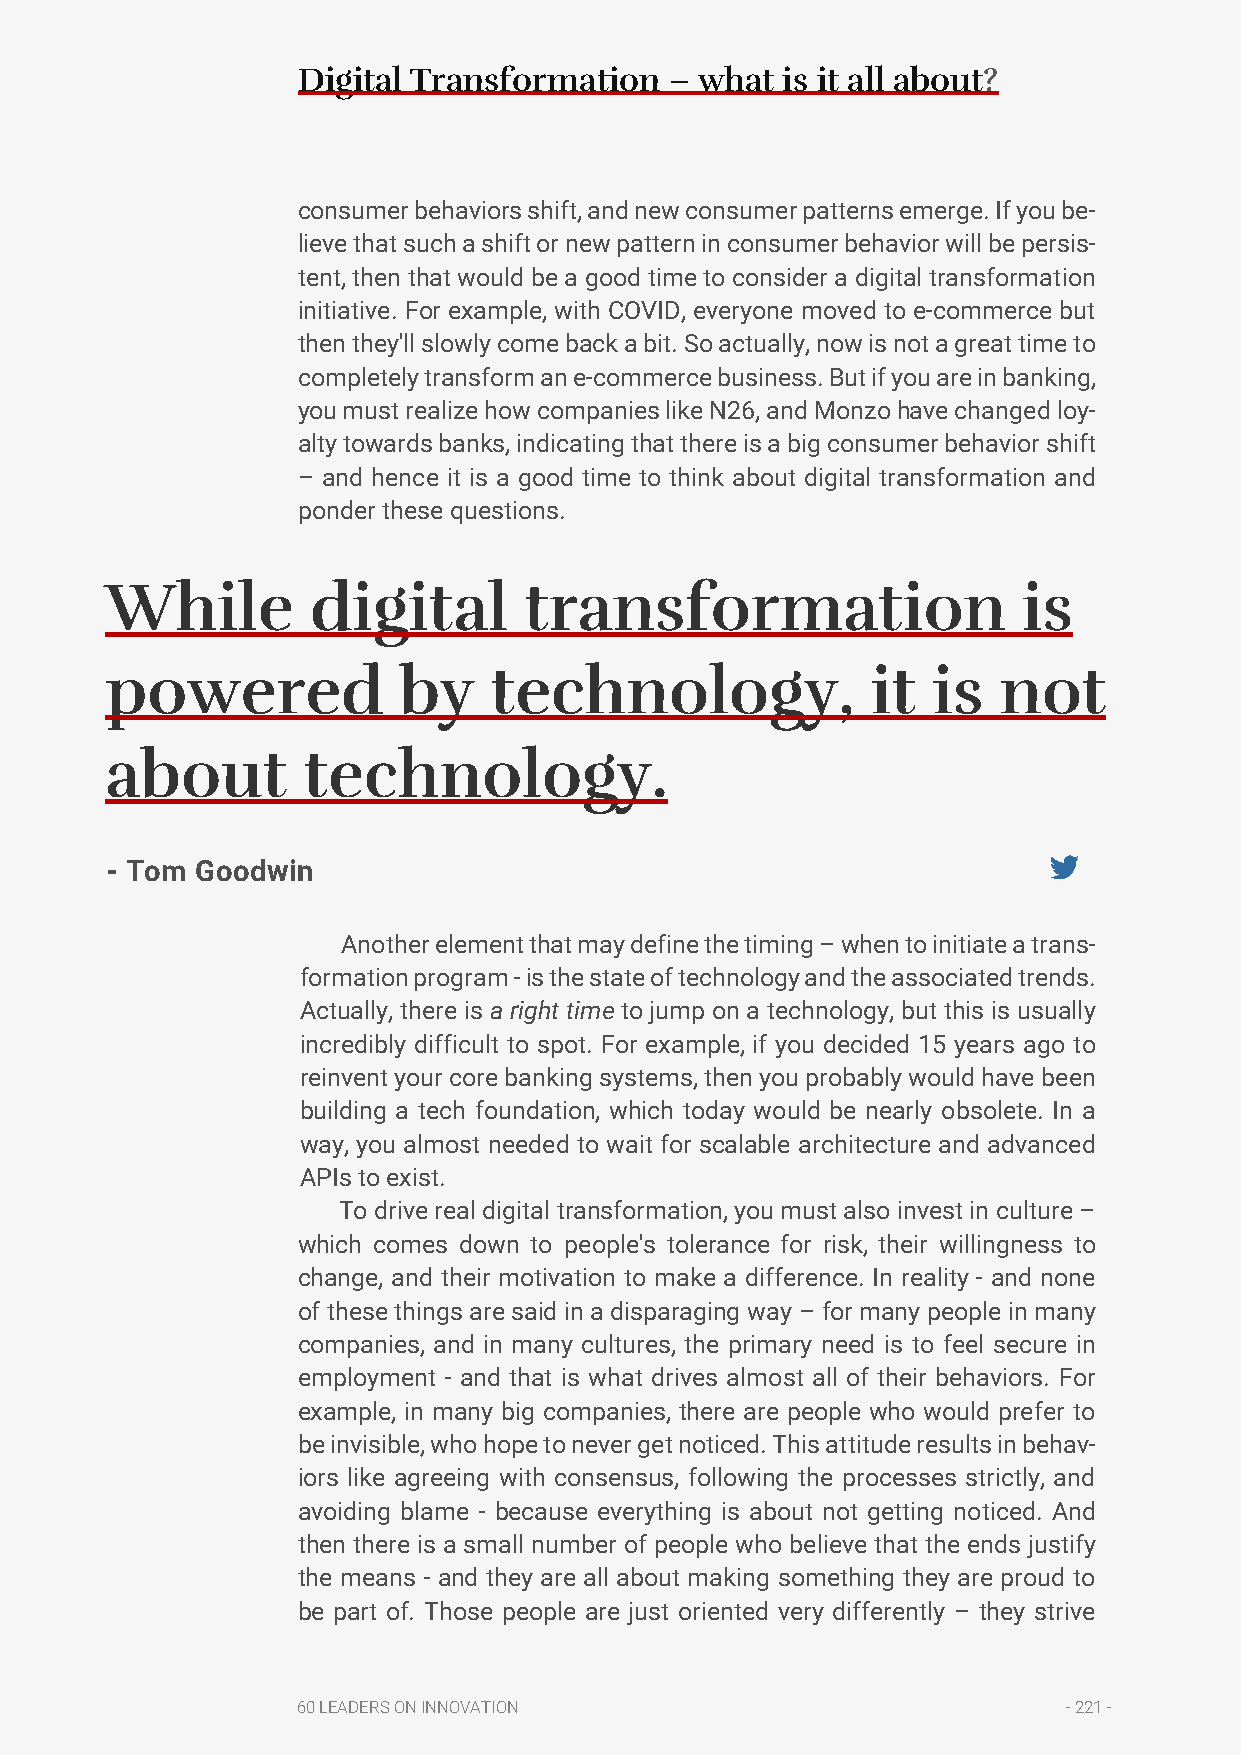
Digital Transformation  – what  is it all about?
 consumer behaviors shift, and new consumer patterns emerge. If you be-
 lieve that such a shift or new pattern in consumer behavior will be persis-
 tent, then that would be a good time to consider a digital transformation
 initiative. For example, with COVID, everyone moved to e-commerce but
 then they'll slowly come back a bit. So actually, now is not a great time to
 completely transform an e-commerce business. But if you are in banking,
 you must realize how companies like N26, and Monzo have changed loy-
 alty towards banks, indicating that there is a big consumer behavior shift
 – and hence it is a good time to think about digital transformation and
 ponder these questions.
 While         digital       transformation                   is
 powered            by    technology,               it  is  not
 about        technology.
 - Tom Goodwin
 Another element that may define the timing – when to initiate a trans-
 formation program - is the state of technology and the associated trends.
 Actually, there is a right time to jump on a technology, but this is usually
 incredibly difficult to spot. For example, if you decided 15 years ago to
 reinvent your core banking systems, then you probably would have been
 building a tech foundation, which today would be nearly obsolete. In a
 way, you almost needed to wait for scalable architecture and advanced
 APIs to exist.
 To drive real digital transformation, you must also invest in culture –
 which comes down to people's tolerance for risk, their willingness to
 change, and their motivation to make a difference. In reality - and none
 of these things are said in a disparaging way – for many people in many
 companies, and in many cultures, the primary need is to feel secure in
 employment - and that is what drives almost all of their behaviors. For
 example, in many big companies, there are people who would prefer to
 be invisible, who hope to never get noticed. This attitude results in behav-
 iors like agreeing with consensus, following the processes strictly, and
 avoiding blame - because everything is about not getting noticed. And
 then there is a small number of people who believe that the ends justify
 the means - and they are all about making something they are proud to
 be part of. Those people are just oriented very differently – they strive
 60 LEADERS ON INNOVATION                           - 221 -